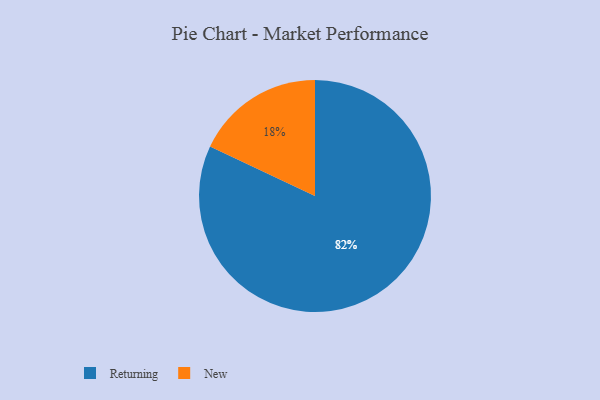
{"axis": {"x": "Category", "y": "Percentage"}, "legend": ["New", "Returning"], "data": [{"x": "New", "y": 18, "type": "New"}, {"x": "Returning", "y": 82, "type": "Returning"}]}